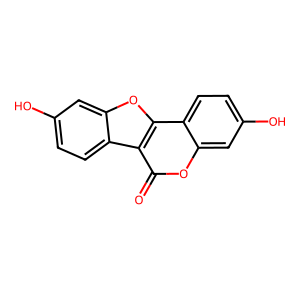
SMILES: O=c1oc2cc(O)ccc2c2oc3cc(O)ccc3c12
Inhibits HIV replication: No